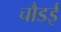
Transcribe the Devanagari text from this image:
चौडई